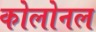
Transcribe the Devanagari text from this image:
कोलोनल